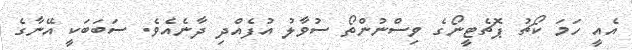
އެއީ ހަމަ ކޯޗު ޕޮޗެޓީނޯގެ ވިސްނުންތޯ ސުވާލު އުފެއްދި ދާނެއެވެ. ސަބަބަކީ އޭނާގެ